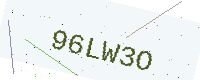
Text: 96LW3O